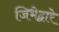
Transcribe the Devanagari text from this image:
जिभेद्वारे